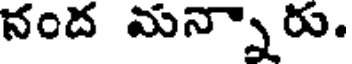
నంద మన్నారు.